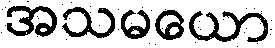
အသမယော